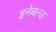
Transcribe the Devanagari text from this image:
इनेबल्ड